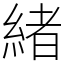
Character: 緒